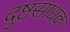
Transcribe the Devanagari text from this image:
दुष्टसाधक